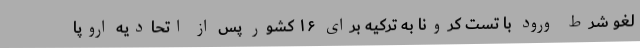
لغو شرط ورود با تست کرونا به ترکیه برای ۱۶ کشور پس از اتحادیه اروپا